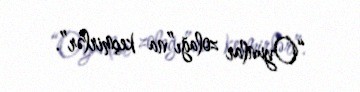
“Oyunlar zolağı”na keçmirlər”.